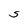
Character: S